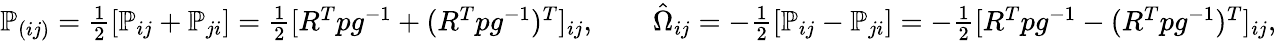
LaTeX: \begin{array}{r}{{\mathbb P}_{(ij)}=\frac 12[{\mathbb P}_{ij}+{\mathbb P}_{ji}]=\frac 12[R^{T}pg^{-1}+(R^{T}pg^{-1})^{T}]_{ij},\qquad\hat{\Omega}_{ij}=-\frac 12[{\mathbb P}_{ij}-{\mathbb P}_{ji}]=-\frac 12[R^{T}pg^{-1}-(R^{T}pg^{-1})^{T}]_{ij},}\end{array}